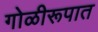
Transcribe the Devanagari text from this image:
गोळीरूपात